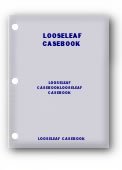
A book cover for Sports Law: Cases and Materials (2011 Loose-Leaf Version); Ray Yasser; Law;